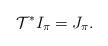
LaTeX: \begin{align*} \mathcal T^*I_\pi = J_\pi. \end{align*}